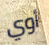
أوي